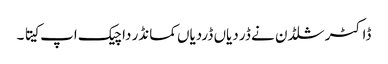
ڈاکٹر شلڈن نے ڈر دیاں ڈردیاں کمانڈر دا چیک اپ کیتا ۔